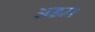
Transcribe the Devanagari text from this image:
अडम